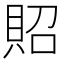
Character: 𧵓